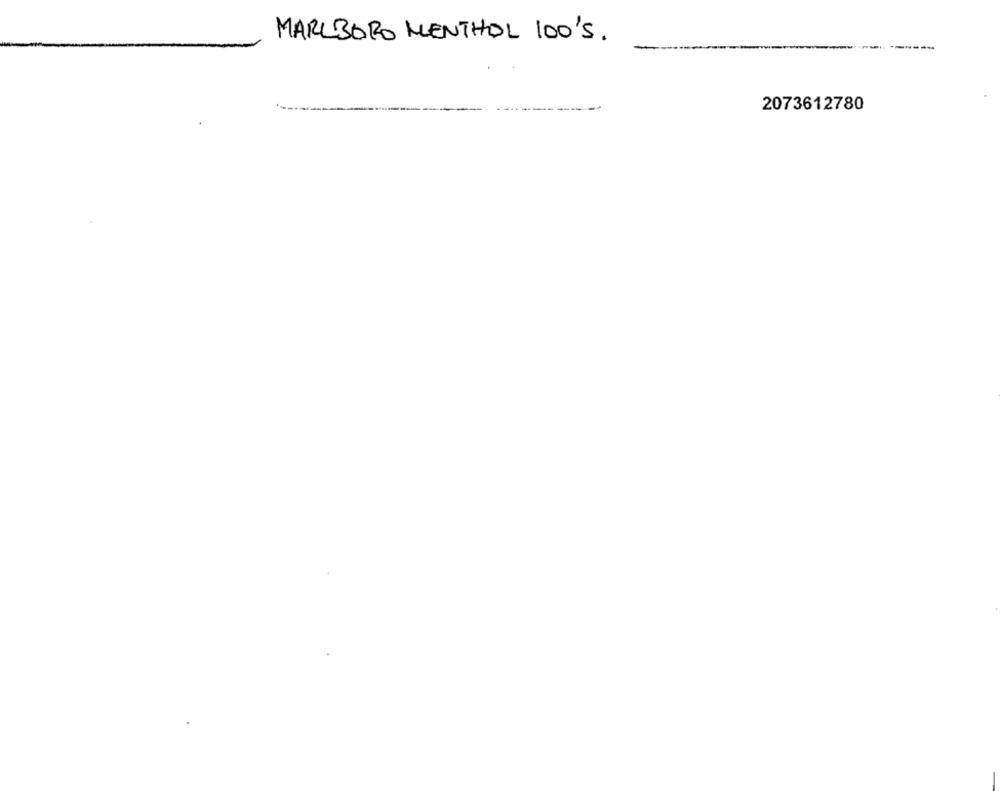
MARLBORO MENTHOL 100'S.
2073612780